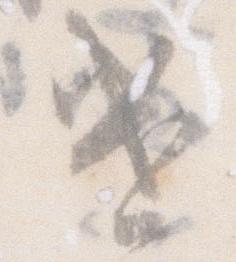
遣